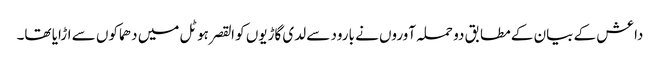
داعش کے بیان کے مطابق دو حملہ آوروں نے بارود سے لدی گاڑیوں کو القصر ہوٹل میں دھماکوں سے اڑایا تھا۔